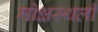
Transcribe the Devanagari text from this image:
मोक्षस्थली